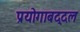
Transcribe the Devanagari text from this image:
प्रयोगाबद्दल